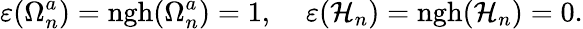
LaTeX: \varepsilon(\Omega_{n}^{a})=\mathrm{ngh}(\Omega_{n}^{a})=1,\; \; \; \; \varepsilon({\cal H}_{n})=\mathrm{ngh}({\cal H}_{n})=0.